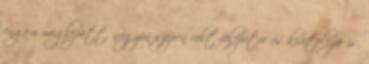
engem meglepett, nagyon szépen volt felépítve és kivitelezve is,